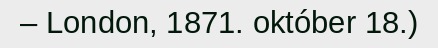
– London, 1871. október 18.)